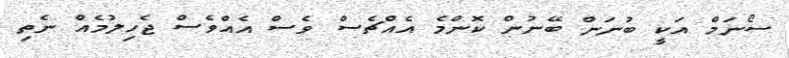
ސޯނަމް އަކީ ބުނަން ބޭނުން ކޮންމެ އެއްޗެސް ވެސް އެއްވެސް ޖެހިލުމެއް ނެތި